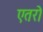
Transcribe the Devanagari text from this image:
एतरो